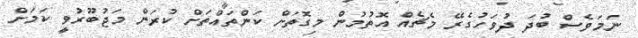
ނަމަވެސް ބުދަ ދުވަހުގެރޭ މެޗެއް އޮތުމުން މިގޮތަށް ކަންތައްތަށް ކުރަން މަޖުބޫރުވީ ކަމަށް